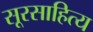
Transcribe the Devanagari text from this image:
सूरसाहित्य